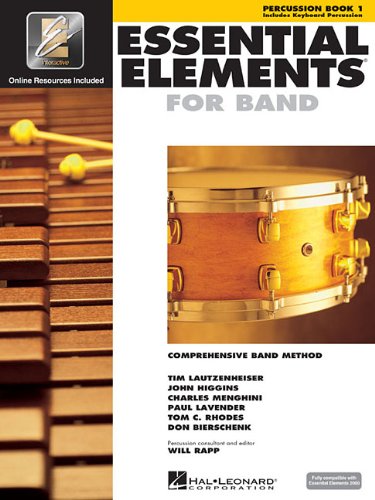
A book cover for Essential Elements for Band - Book 1 with EEi: Percussion/Keyboard Percussion (Percussion Book 1); Arts & Photography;